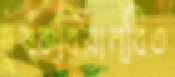
দুষ্ক্রিয়ান্বিত